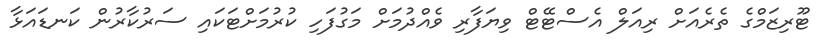
ޓޫރިޒަމްގެ ތެރެއަށް ރިއަލް އެސްޓޭޓް ވިޔަފާރި ވެއްދުމަށް މަގުފަހި ކުރުމަށްޓަކައި ސަރުކާރުން ކަނޑައަޅާ